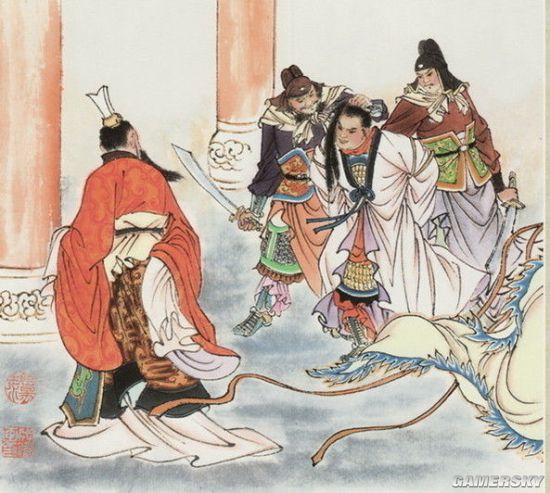
良医之门多病人。